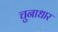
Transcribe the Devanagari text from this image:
चुनाधार